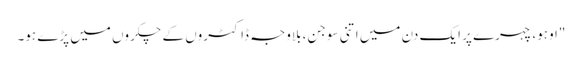
"اوہو، چہرے پر ایک دن میں اتنی سوجن، بلاوجہ ڈاکٹروں کے چکروں میں پڑے ہو۔